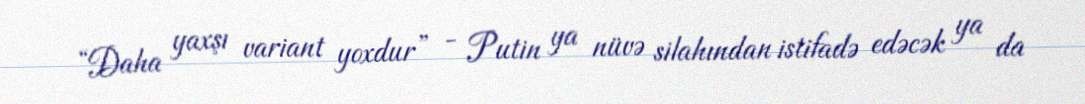
“Daha yaxşı variant yoxdur” - Putin ya nüvə silahından istifadə edəcək ya da